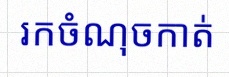
រកចំណុចកាត់